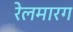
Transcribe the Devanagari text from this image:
रेलमारग